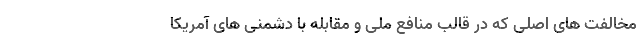
مخالفت های اصلی که در قالب منافع ملی و مقابله با دشمنی های آمریکا